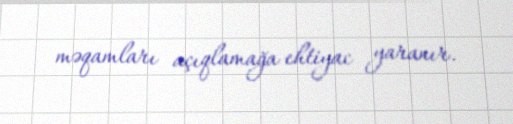
məqamları açıqlamağa ehtiyac yaranır.